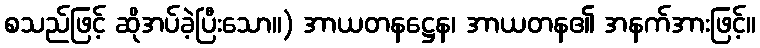
စသည်ဖြင့် ဆိုအပ်ခဲ့ပြီးသော။) အာယတနဋ္ဌေန၊ အာယတန၏ အနက်အားဖြင့်။